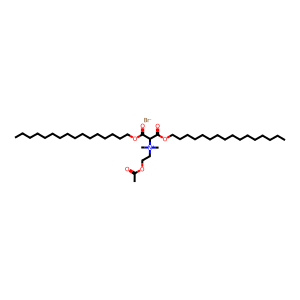
SMILES: CCCCCCCCCCCCCCCCOC(=O)C(C(=O)OCCCCCCCCCCCCCCCC)[N+](C)(C)CCOC(C)=O.[Br-]
Inhibits HIV replication: No